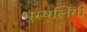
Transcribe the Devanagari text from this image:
पुरुषलिंगी